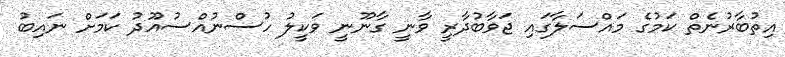
އިތުބާރުނެތް ކަމުގެ މައްސަލާގައި ޖަވާބުދާރީ ވާނީ ގާނޫނީ ވަކީލު ހުސްނުއްސުއޫދު ކަމަށް ނައިބު